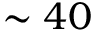
\sim 4 0